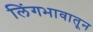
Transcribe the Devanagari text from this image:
लिंगभावातून